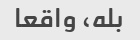
بله، واقعا